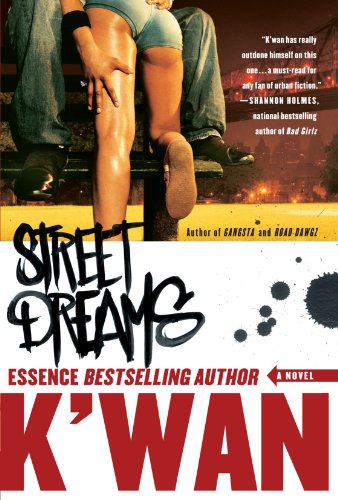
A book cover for Street Dreams; K'wan; Literature & Fiction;